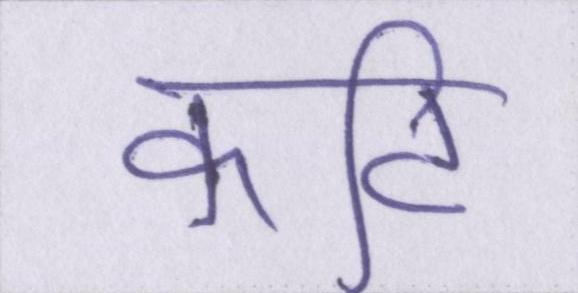
कटि